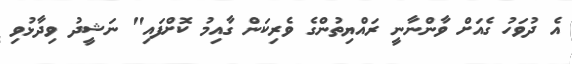
އެ ދުވަހު ގެއަށް ވާންނާނީ ރައްޔިތުންގެ ވެރިކަން ގާއިމު ކޮށްފައި" ނަޝީދު ވިދާޅުވި